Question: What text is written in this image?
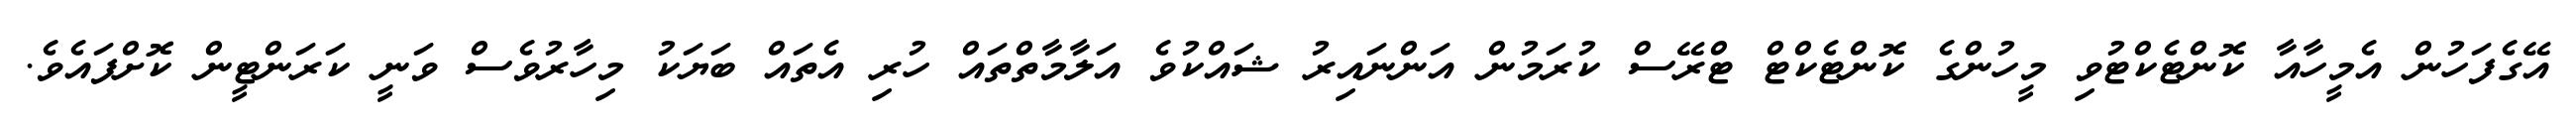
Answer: އޭގެފަހުން އެމީހާއާ ކޮންޓެކްޓުވި މީހުންގެ ކޮންޓެކްޓް ޓްރޭސް ކުރަމުން އަންނައިރު ޝައްކުވެ އަލާމާތްތައް ހުރި އެތައް ބަޔަކު މިހާރުވެސް ވަނީ ކަރަންޓީން ކޮށްފައެވެ.